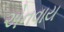
એનવાય